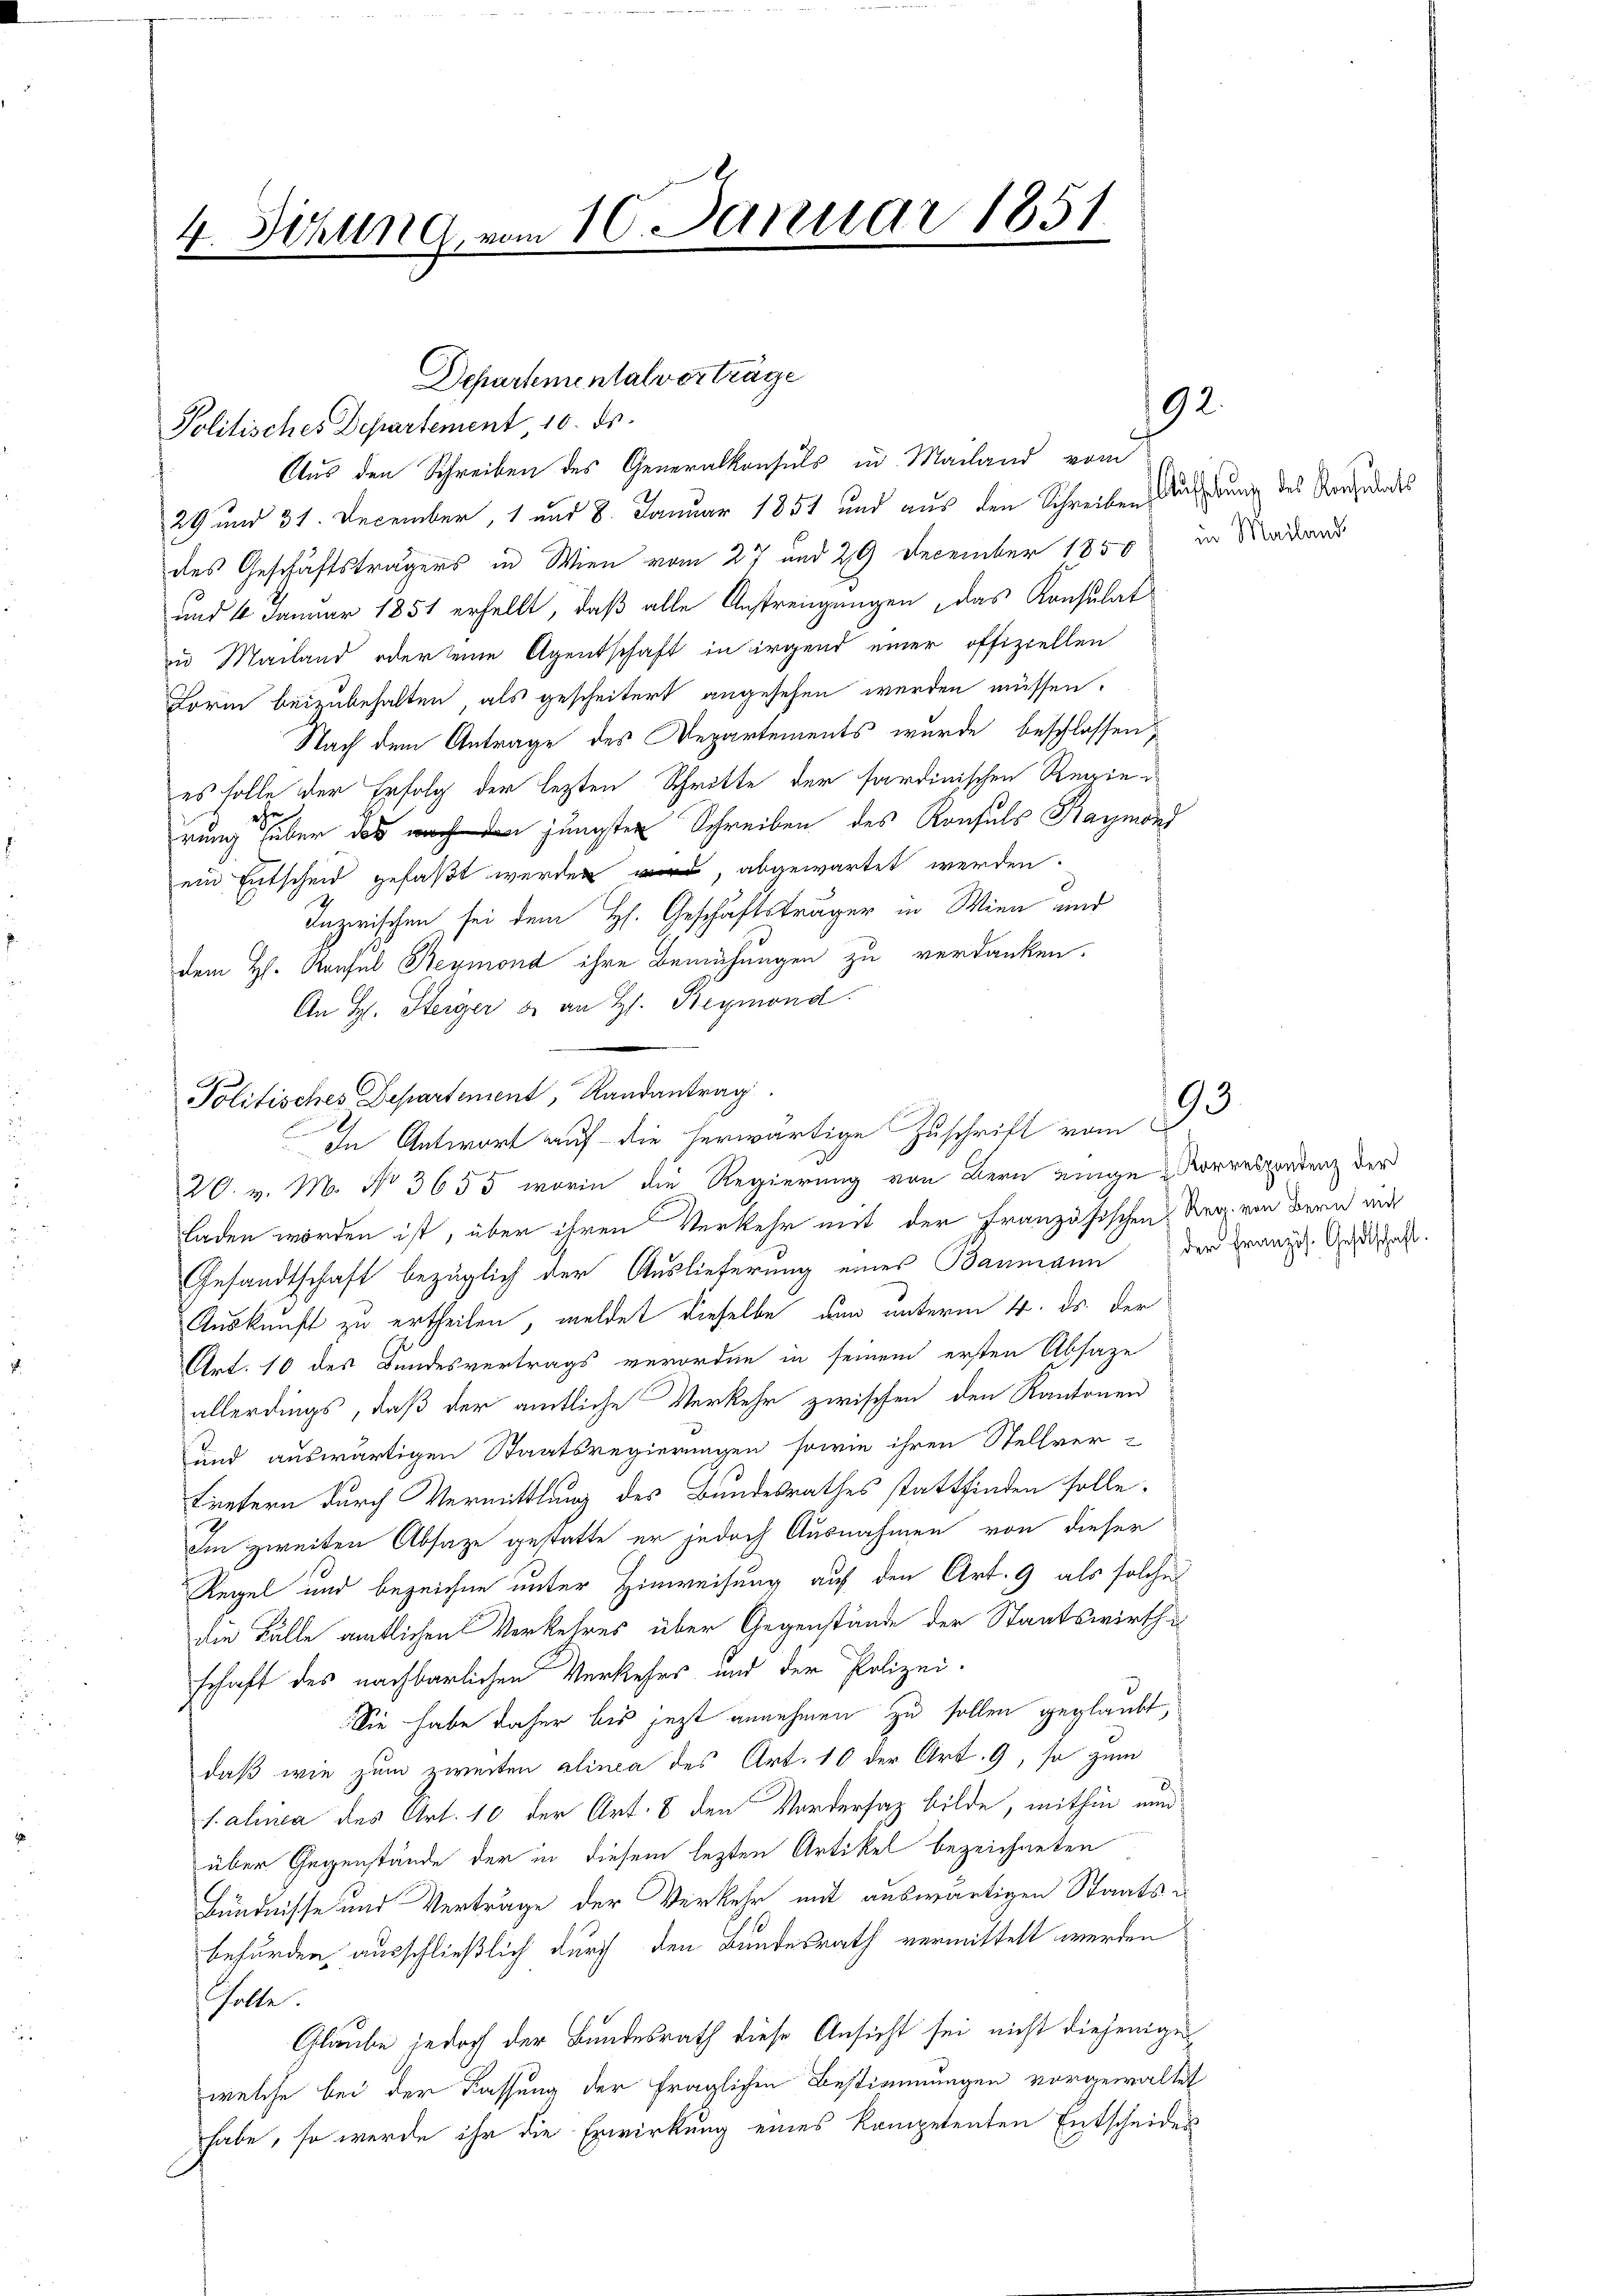
4. Sekung vom 10. Januar 1851

Politisches Departement, Randantrag
u
In Antwort auf die herwärtige Zuschrift vom

Politisches Departement 10. ds.
Aus den Schreiben des Generalkonsuls in Mailand von
29 und 31. December, 1 und 8. Januar 1851 und aus den Schreiben Aufhebung des Vorhandes
des Geschäftsträgers in Wien vom 27 und 29 December 1850 in Madans
und 4 Januar 1851 erhellt, daß alle Anstrengungen, das Konsulat
in Mailand oder seine Agentschaft in irgend einer offiziellen
Form beizubehalten, als gescheitert angesehen werden müssen.
Nach dem Antrage des Departements wurde beschlossen,
es solle der Erfolg der lezten Schritte der sardinischen Regieehe
rung über das jüngsten Schreiben des Konsuls Raymond
ein Entscheid gefaßt werden, abgewartet werden.
n
Inzwischen sei dem Hs. Geschäftsträger in Wien und
dem Hs. Konsul Reymond ihre Bemühungen zu verdanken.
An H. Herger u. an H. Reymond.
20. v. M. No 3655, worin die Regierung von Bern einge Korrespondenz der
laden worden ist, über ihren Verkehr mit der Französischen der von dern mit
Gesandtschaft bezüglich der Auslieferung eines Baumann der Franz. Gestalt.
Auskunft zu ertheilen, meldet dieselbe nun unterm 4. ds. der
Art. 10 des Bundesvertrags verordne in seinem ersten Absage
allerdings, daß der amtliche Verkehr zwischen den Kantonen
und auswärtigen Staatsregierungen sowie ihren Stellver-
tretern durch Vermittlung des Bundesrathes stattfinden solle.
Im zweiten Absatze gestatte er jedoch Ausnahmen von dieser
Regel und bezeichne unter Hinweisung auf den Art. 9 als solche
die Fälle amtlichen Verkehres über Gegenstände der Staatswirthi
schaft des nachbarlichen Verkehrs und der Polizei.
Sie habe daher bis jetzt annehmen zu sollen geglaubt,
daß wie zum zweiten alinea des Art. 10 der Art. 9, so zum
salinea des Art. 10 der Art. 8 den Vorderfas bilde, mithin nun
über Gegenstände der in diesem lezten Artikel bezeichneten
Bündnisse und Verträge der Verkehr mit auswärtigen Staatsbehörden ausschließlich durch den Bundesrath vermittelt werden
Golte.
Glaube jedoch der Bundesrath diese Ansicht sei nicht diejenige
welche bei der Kassung der fraglichen Bestimmungen vorgewaltet
habe, so werde ihr die Erwirkung eines kompetenten Entscheides

Departementalverträge

192.

93.